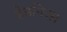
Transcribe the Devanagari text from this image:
हेडनिज्म़